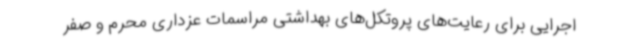
اجرایی برای رعایت‌های پروتکل‌های بهداشتی مراسمات عزداری محرم و صفر